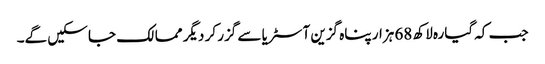
جب کہ گیارہ لاکھ 68 ہزار پناہ گزین آسٹریا سے گزر کر دیگر ممالک جا سکیں گے۔